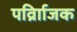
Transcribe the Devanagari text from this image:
पर्व्राािजक